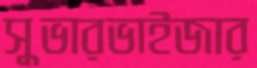
সুভারভাইজার